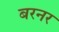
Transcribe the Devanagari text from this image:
बरनर